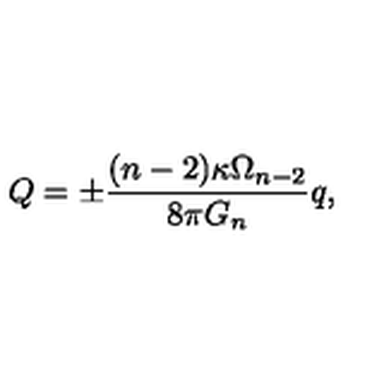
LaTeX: Q = \pm \frac { ( n - 2 ) \kappa \Omega _ { n - 2 } } { 8 \pi G _ { n } } q ,